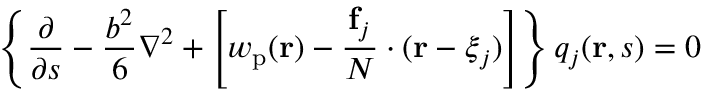
\left\{ \frac { \partial } { \partial s } - \frac { b ^ { 2 } } { 6 } \nabla ^ { 2 } + \left[ w _ { \mathrm { p } } ( \mathbf { r } ) - \frac { \mathbf { f } _ { j } } { N } \cdot ( \mathbf { r } - \boldsymbol { \xi } _ { j } ) \right] \right\} q _ { j } ( \mathbf { r } , s ) = 0